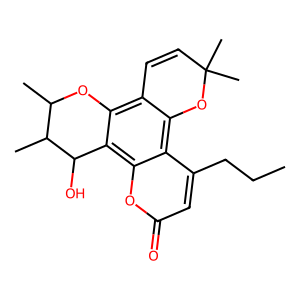
SMILES: CCCc1cc(=O)oc2c3c(c4c(c12)OC(C)(C)C=C4)OC(C)C(C)C3O
Inhibits HIV replication: Yes